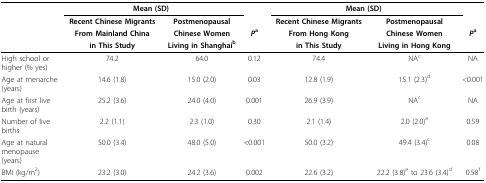
|  | <COLSPAN=2> Mean (SD) |  | <COLSPAN=2> Mean (SD) |  |
 |  | Recent Chinese Migrants | Postmenopausal |  | Recent Chinese Migrants | Postmenopausal |  |
 |  | From Mainland China | Chinese Women | Pa | From Hong Kong | Chinese Women | Pa |
 |  | in This Study | Living in Shanghaib |  | in This Study | Living in Hong Kong |  |
 | --- | --- | --- | --- | --- | --- | --- |
 | High school or higher (% yes) | 74.2 | 64.0 | 0.12 | 74.4 | NAc | NA |
 | Age at menarche (years) | 14.6 (1.8) | 15.0 (2.0) | 0.03 | 12.8 (1.9) | 15.1 (2.3)d | <0.001 |
 | Age at first live birth (years) | 25.2 (3.6) | 24.0 (4.0) | 0.001 | 26.9 (3.9) | NAc | NA |
 | Number of live births | 2.2 (1.1) | 2.3 (1.0) | 0.30 | 2.1 (1.4) | 2.0 (2.0)e | 0.59 |
 | Age at natural menopause (years) | 50.0 (3.4) | 48.0 (5.0) | <0.001 | 50.0 (3.2) | 49.4 (3.4)c | 0.08 |
 | BMI (kg/m2) | 23.2 (3.0) | 24.2 (3.6) | 0.002 | 22.6 (3.2) | 22.2 (3.8)e to 23.6 (3.4)d | 0.58f |